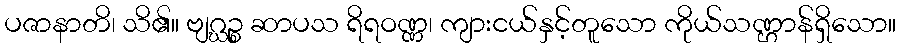
ပဇာနာတိ၊ သိ၏။ ဗျဂ္ဃဉ္စ ဆာပသ ရိရဝဏ္ဏ၊ ကျားငယ်နှင့်တူသော ကိုယ်သဏ္ဌာန်ရှိသော။